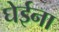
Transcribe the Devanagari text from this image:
घेईना